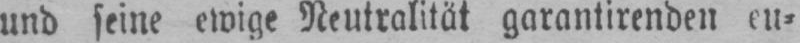
und seine ewige Neutralität garantirenden eu⸗